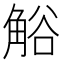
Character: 𧣳